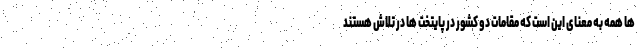
ها همه به معنای این است که مقامات دو کشور در پایتخت ها در تلاش هستند